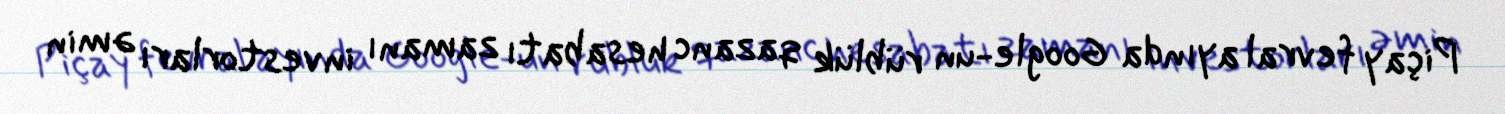
Piçay fevral ayında Google-un rüblük qazanc hesabatı zamanı investorları əmin